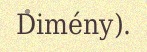
Dimény).